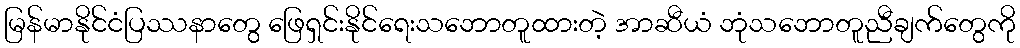
မြန်မာနိုင်ငံပြဿနာတွေ ဖြေရှင်းနိုင်ရေးသဘောတူထားတဲ့ အာဆီယံ ဘုံသဘောတူညီချက်တွေကို